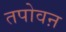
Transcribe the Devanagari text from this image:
तपोवऩ